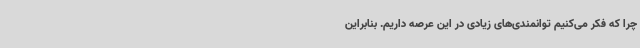
چرا که فکر می‌کنیم توانمندی‌های زیادی در این عرصه داریم. بنابراین